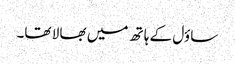
ساؤل کے ہا تھ میں بھا لا تھا۔